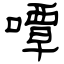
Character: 嘾